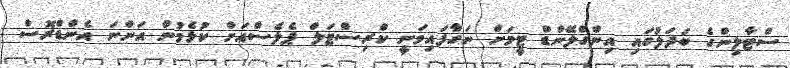
ސްޓާލިންގެ ބަދަލުގައި އިންގްލޭންޑް ޓީމަށް ނަގާފައިވަނީ ކްރިސްޓަލް ޕެލެސްއަށް ކުޅެމުން އަންނަ އެންޑްރޮސް